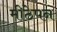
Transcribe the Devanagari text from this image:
मीठेपन